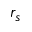
r _ { s }